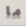
ما